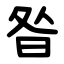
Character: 昝